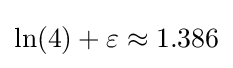
\ln(4)+\varepsilon \approx 1.386